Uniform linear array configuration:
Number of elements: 4
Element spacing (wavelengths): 0.25
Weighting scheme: binomial
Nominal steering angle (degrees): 15
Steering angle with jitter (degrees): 13.359
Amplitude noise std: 0.05
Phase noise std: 0.05

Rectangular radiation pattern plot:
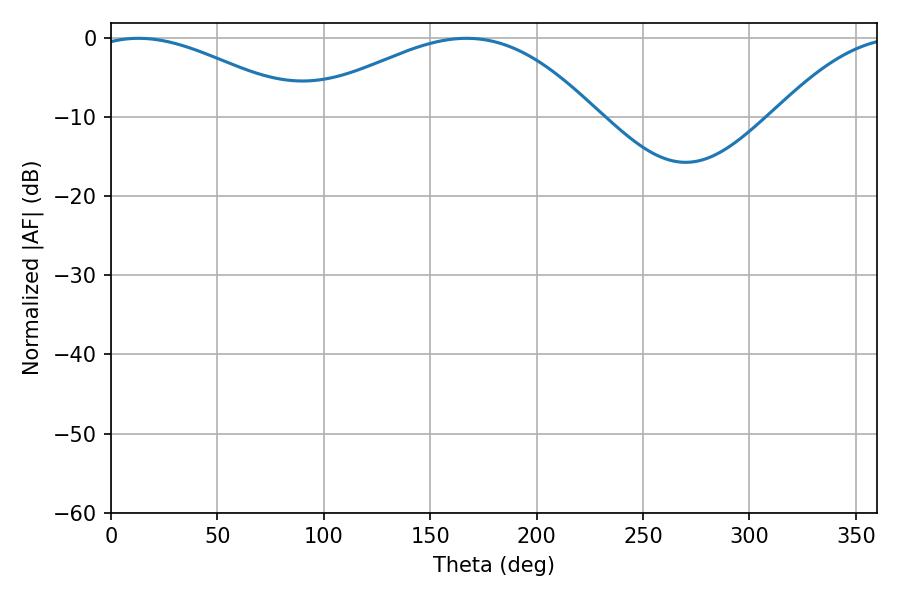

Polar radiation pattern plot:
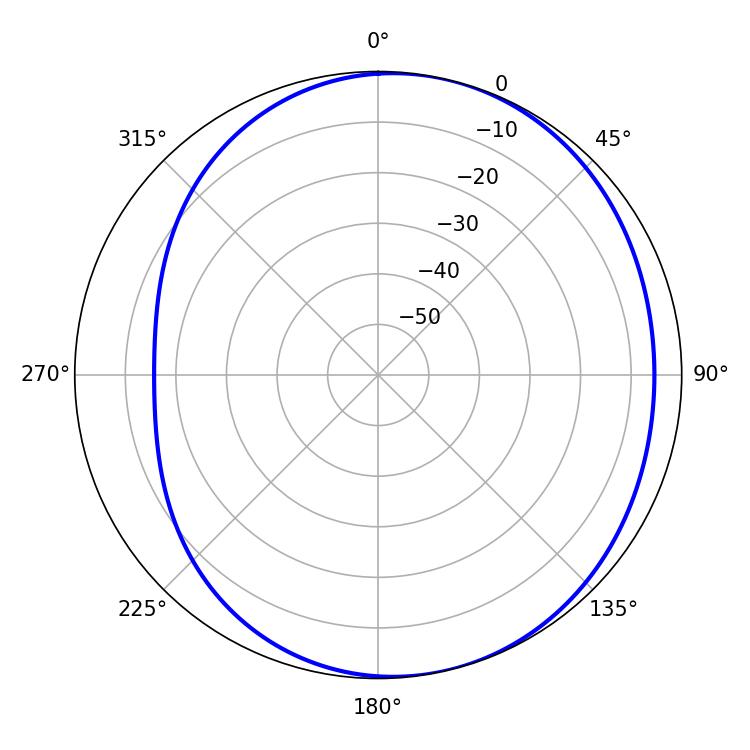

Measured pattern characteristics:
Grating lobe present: FALSE
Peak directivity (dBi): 4.292
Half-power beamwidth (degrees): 54.18
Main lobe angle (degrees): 12.96